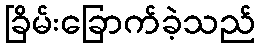
ခြိမ်းခြောက်ခဲ့သည်